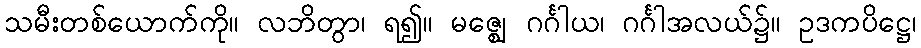
သမီးတစ်ယောက်ကို။ လဘိတွာ၊ ရ၍။ မဇ္ဈေ ဂင်္ဂါယ၊ ဂင်္ဂါအလယ်၌။ ဥဒကပိဋ္ဌေ၊